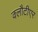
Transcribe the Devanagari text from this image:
क्लौटीएर